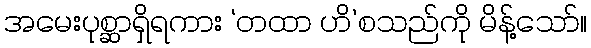
အမေးပုစ္ဆာရှိရကား ‘တထာ ဟိ’စသည်ကို မိန့်သော်။